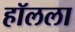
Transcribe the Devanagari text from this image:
हॉलला